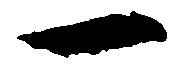
一